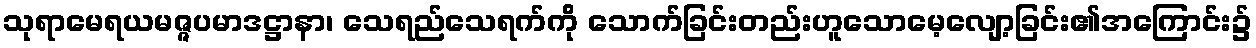
သုရာမေရယမဇ္ဇပမာဒဋ္ဌာနာ၊ သေရည်သေရက်ကို သောက်ခြင်းတည်းဟူသောမေ့လျော့ခြင်း၏အကြောင်း၌